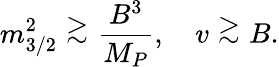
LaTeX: m_{3/2}^{2}\stackrel{_{\textstyle>}}{_{\displaystyle\sim}}\frac{B^{3}}{M_{P}},\quad v\stackrel{_{\textstyle>}}{_{\displaystyle\sim}}B.